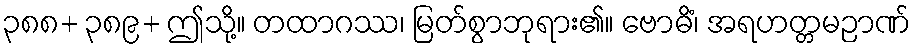
၃၈၈+ ၃၈၉+ ဤသို့။ တထာဂဿ၊ မြတ်စွာဘုရား၏။ ဗောဓိံ၊ အရဟတ္တမဉာဏ်